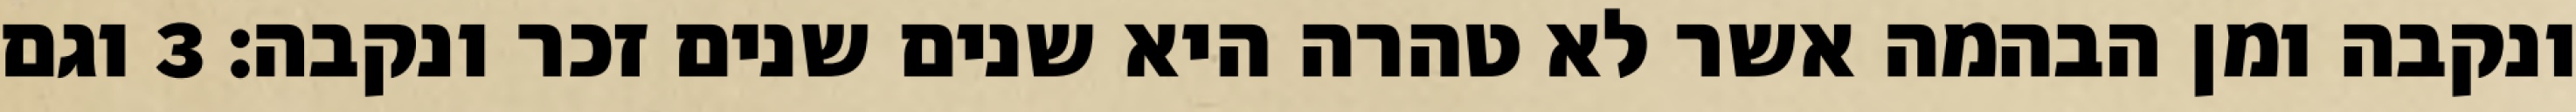
ונקבה ומן הבהמה אשר לא טהרה היא שנים שנים זכר ונקבה׃ ‎3‏ וגם